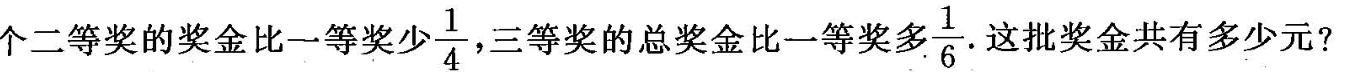
个二等奖的奖金比一等奖少 \frac{1}{4} ，三等奖的总奖金比一等奖多 \frac{1}{6}.文批奖金共有多少元?